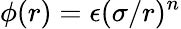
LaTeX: \phi(r)=\epsilon(\sigma/r)^{n}